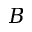
B